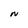
Character: N